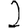
Digit: 2